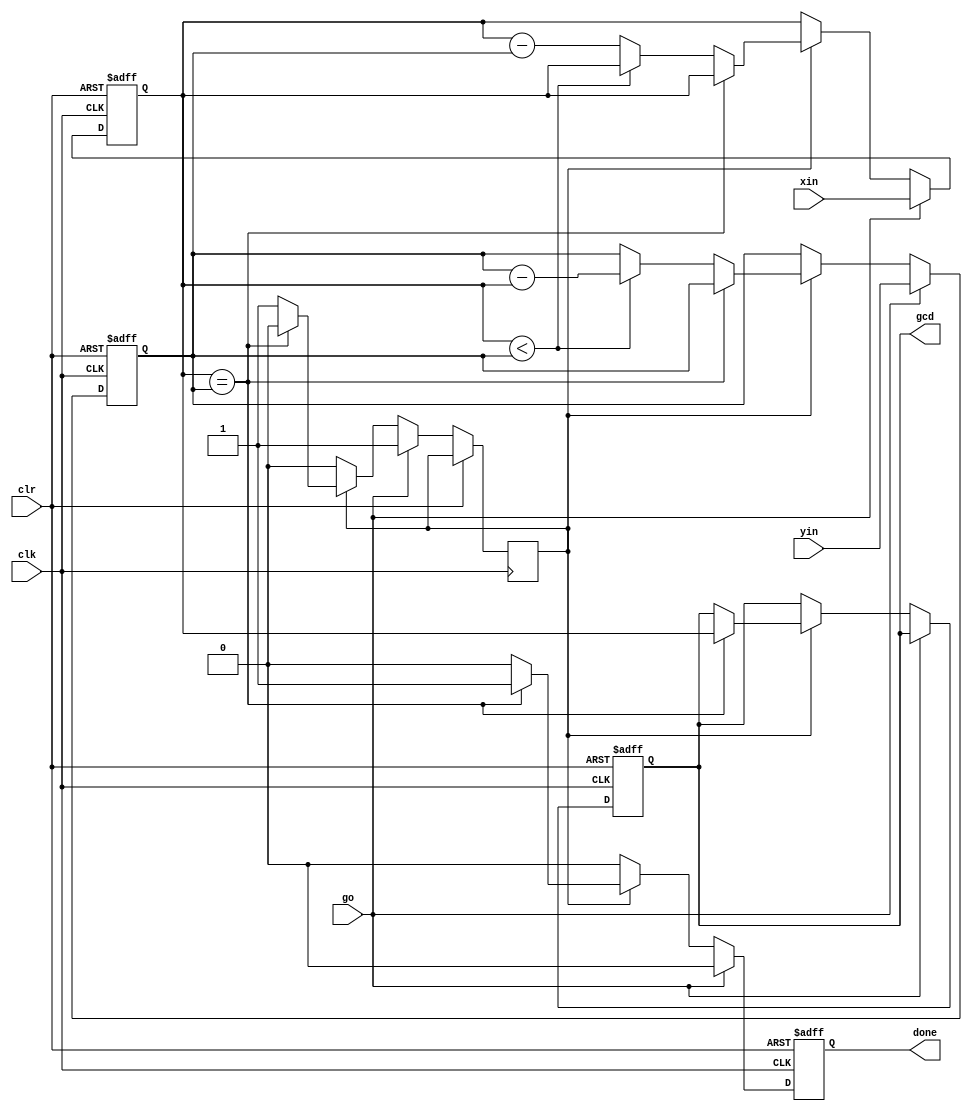
module gcd3(
	input wire clk, 
	input wire clr, 
	input wire go,
	input wire [3:0] xin,
	input wire [3:0] yin,
	output reg done,
	output reg [3:0] gcd
);

	reg [3:0]x,y;
	reg calc;
	always @(posedge clk or posedge clr) begin 
		if(clr)begin
			x<=0;y<=0;gcd<=0;
			done<=0;cal<=0;
		end // if(clr)
		else begin
			done<=0;
			if(go==1)begin
				x<=xin;
				y<=yin;
				calc<=1;
			end // if(go==1)
			else begin
				if(calc)
					if(x==y)
					begin
						gcd<=x;
						done<=1;
						calc<=0;
					end
					else 
						if(x<y) y<=y-x;
						else x<=x-y;
				end
			end



	end
	endmodule